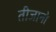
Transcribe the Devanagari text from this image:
तीजानो